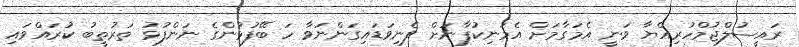
ރައީސުލްޖުމްހުރިއްޔާ ވަނީ އެމަގާމަށް އެމަނިކުފާނަށް ފެނިވަޑައިގަންނަވާ ހަ ބޭފުޅުންގެ ނަންފުޅު ތަރުތީބު ކުރައްވައި